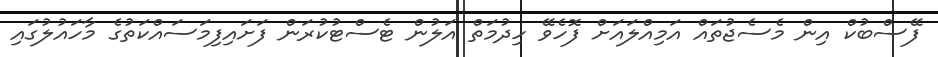
ފޭސްބުކް އިން މެސެޖުތައް އަމިއްލައަށް ފޮހެވޭ ހިދުމަތް އަލުން ޓެސްޓުކުރަން ފަށައިފިމަސައްކަތުގެ މާހައުލުގައި